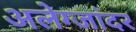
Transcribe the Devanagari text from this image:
अलेग्जांदर